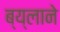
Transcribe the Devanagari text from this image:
ब्य्लाने